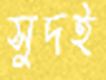
সুদই